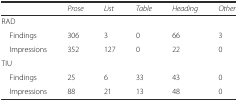
|  | Prose | List | Table | Heading | Other |
 | --- | --- | --- | --- | --- | --- |
 | <COLSPAN=6> RAD |
 | Findings | 306 | 3 | 0 | 66 | 3 |
 | Impressions | 352 | 127 | 0 | 22 | 0 |
 | <COLSPAN=6> TIU |
 | Findings | 25 | 6 | 33 | 43 | 0 |
 | Impressions | 88 | 21 | 13 | 48 | 0 |